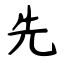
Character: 先